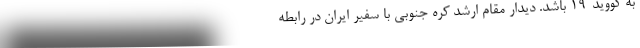
به کووید-۱۹ باشد. دیدار مقام ارشد کره جنوبی با سفیر ایران در رابطه